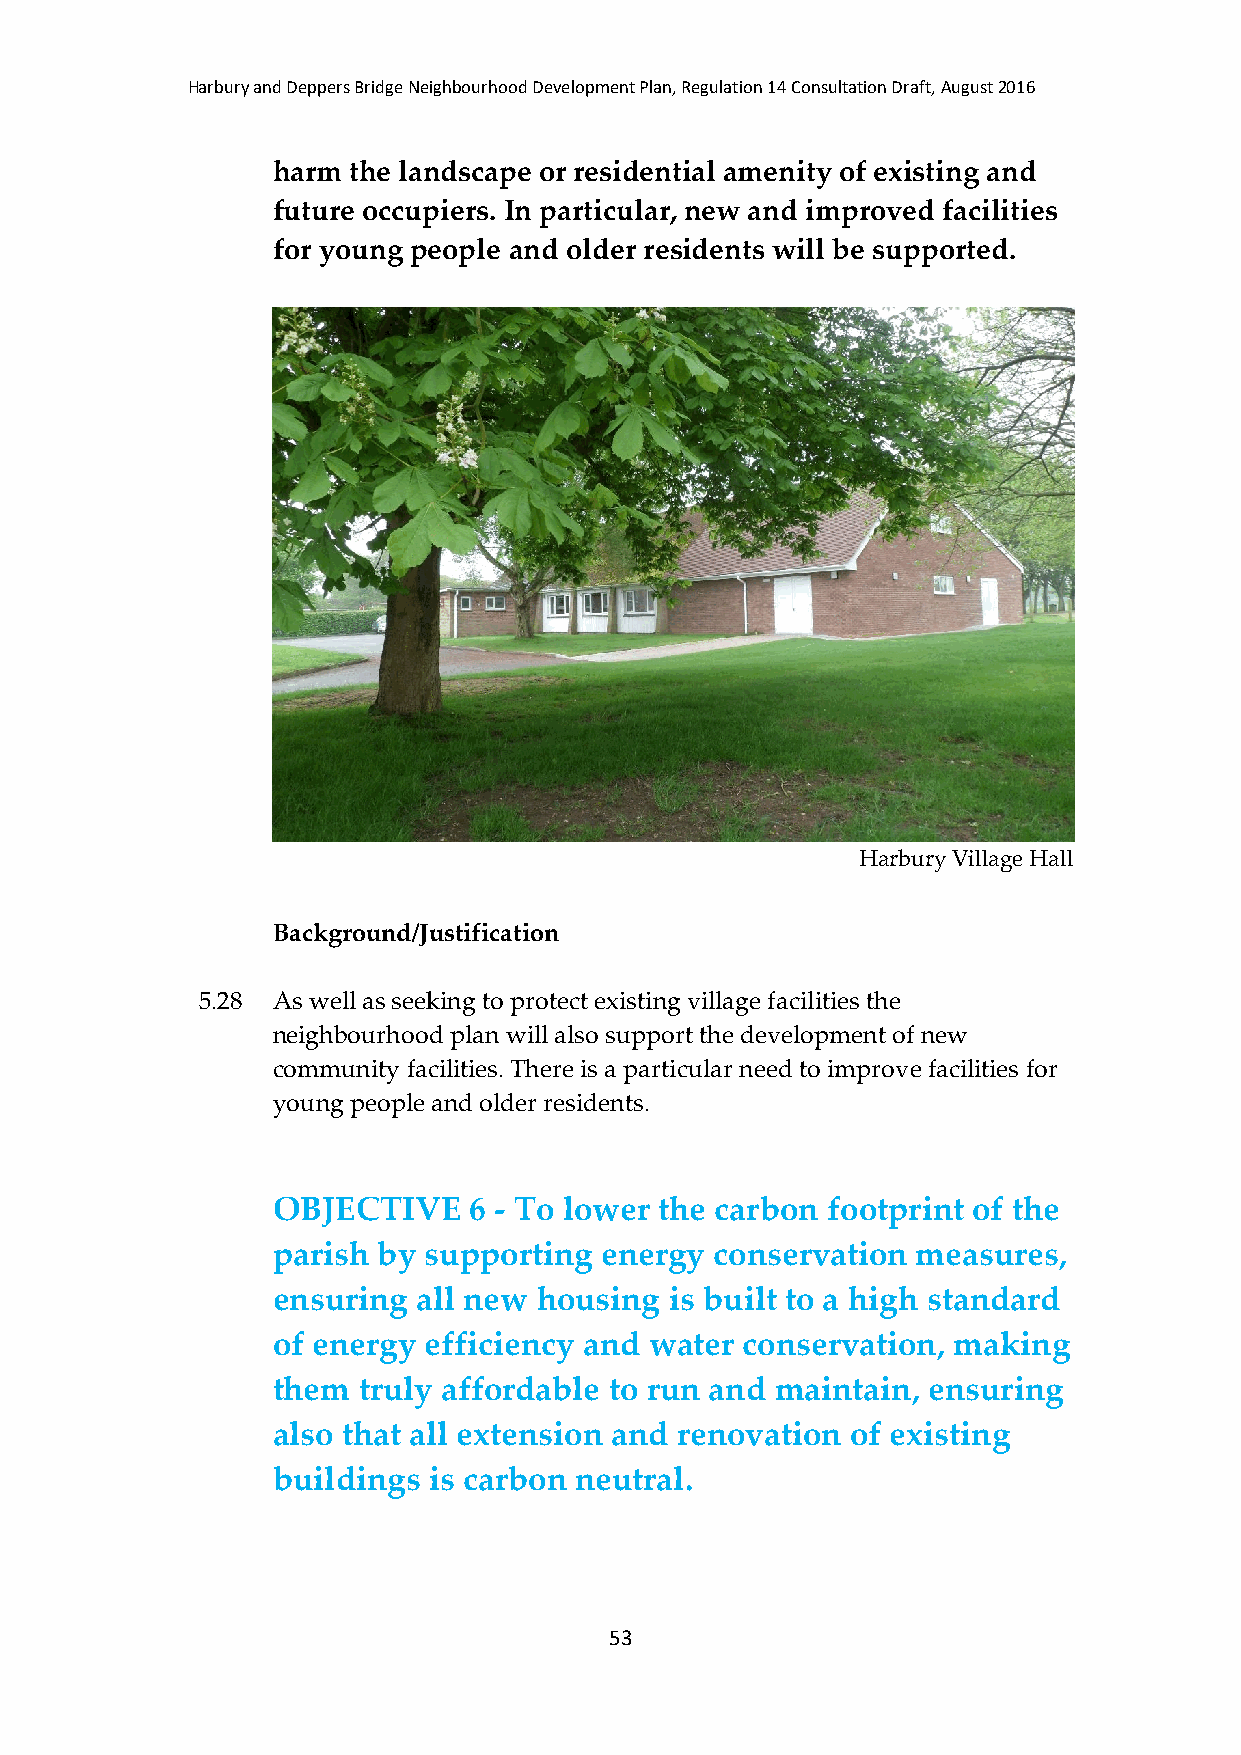
Harbury and Deppers Bridge Neighbourhood Development Plan, Regulation 14 Consultation Draft, August 2016
 harm the landscape or residential amenity of existing and
 future occupiers. In particular, new and improved facilities
 for young people and older residents will be supported.
 Harbury Village Hall
 Background/Justification
 5.28 As well as seeking to protect existing village facilities the
 neighbourhood plan will also support the development of new
 community facilities. There is a particular need to improve facilities for
 young people and older residents.
 OBJECTIVE    6 - To lower the carbon footprint of the
 parish by supporting  energy conservation  measures,
 ensuring  all new housing is built to a high standard
 of energy efficiency and water conservation, making
 them  truly affordable to run and maintain, ensuring
 also that all extension and renovation of existing
 buildings is carbon neutral.
 53